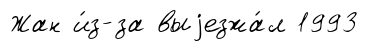
Жан и́з-за выjезжа́л 1993